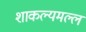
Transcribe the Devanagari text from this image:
शाकल्यमल्ल